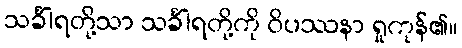
သင်္ခါရတို့သာ သင်္ခါရတို့ကို ဝိပဿနာ ရှုကုန်၏။